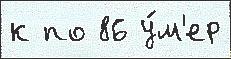
к по 86 у́м'ер